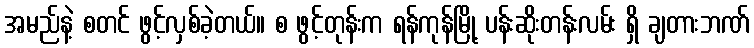
အမည်နဲ့ စတင် ဖွင့်လှစ်ခဲ့တယ်။ စ ဖွင့်တုန်းက ရန်ကုန်မြို့ ပန်းဆိုးတန်းလမ်း ရှိ ချတားဘဏ်